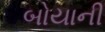
બોયાની